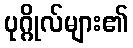
ပုဂ္ဂိုလ်များ၏